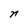
Character: n